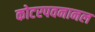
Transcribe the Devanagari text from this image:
कोटरपवनानल